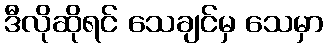
ဒီလိုဆိုရင် သေချင်မှ သေမှာ